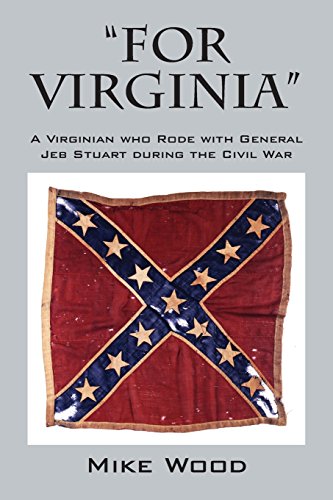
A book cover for "FOR VIRGINIA" A Virginian who Rode with General Jeb Stuart during the Civil War; Mike Wood; Crafts, Hobbies & Home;